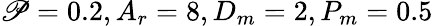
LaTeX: \mathscr{P}=0.2,A_{r}=8,D_{m}=2,P_{m}=0.5